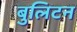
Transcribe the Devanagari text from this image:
बुलिटन